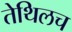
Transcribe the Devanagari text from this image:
तेथिलच